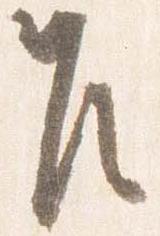
乍